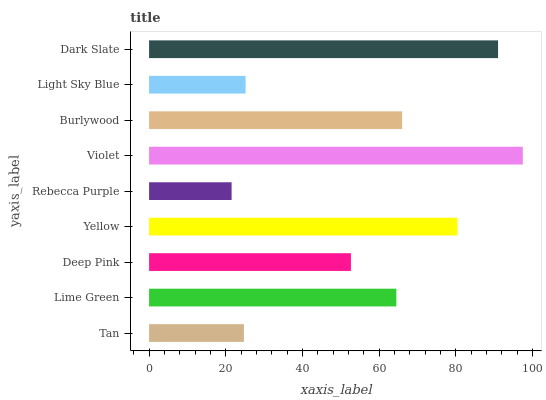
| yaxis_label | bars |
 | --- | --- |
 | Tan | 24.7 |
 | Lime Green | 64.5 |
 | Deep Pink | 52.6 |
 | Yellow | 80.4 |
 | Rebecca Purple | 21.5 |
 | Violet | 97.5 |
 | Burlywood | 66 |
 | Light Sky Blue | 25.2 |
 | Dark Slate | 91 |